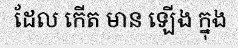
ដែល កើត មាន ឡើង ក្នុង